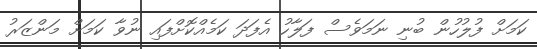
ކަމަށް ފުލުހުން ބުނި ނަމަވެސް ފަލާހު އެފަދަ ކަމެއްކޮށްފައި ނުވާ ކަމަށް މަންޒަރު